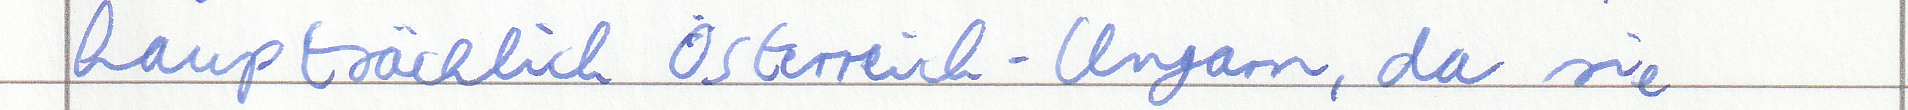
hauptsächlich Österreich - Ungarn, da sie